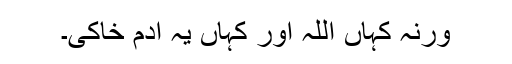
ورنہ کہاں اللہ اور کہاں یہ آدمِ خاکی۔